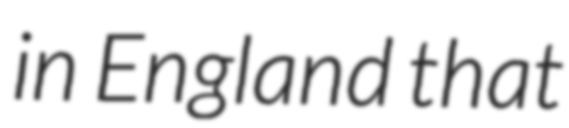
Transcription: in England that